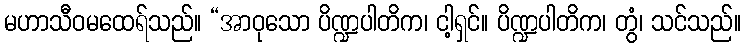
မဟာသီဝမထေရ်သည်။ “အာဝုသော ပိဏ္ဍပါတိက၊ ငါ့ရှင်။ ပိဏ္ဍပါတိက၊ တွံ၊ သင်သည်။